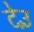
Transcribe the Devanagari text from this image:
देउँ